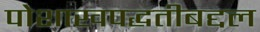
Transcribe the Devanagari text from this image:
पोशाखपद्धतीबद्दल